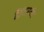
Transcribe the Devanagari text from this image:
हैंइंटरनेट